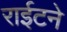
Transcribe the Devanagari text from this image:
राईटने